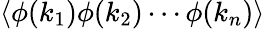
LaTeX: \left\langle\phi(k_{1})\phi(k_{2})\cdots\phi(k_{n})\right\rangle